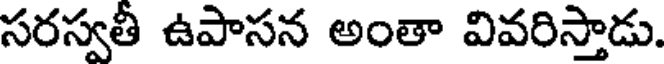
సరస్వతీ ఉపాసన అంతా వివరిస్తాడు.